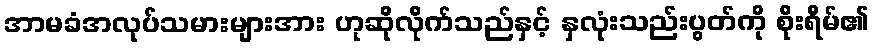
အာမခံအလုပ်သမားများအား ဟုဆိုလိုက်သည်နှင့် နှလုံးသည်းပွတ်ကို စိုးရိမ်၏